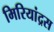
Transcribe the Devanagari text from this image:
मिरियांद्रस